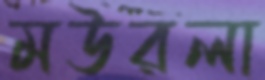
মউরলা